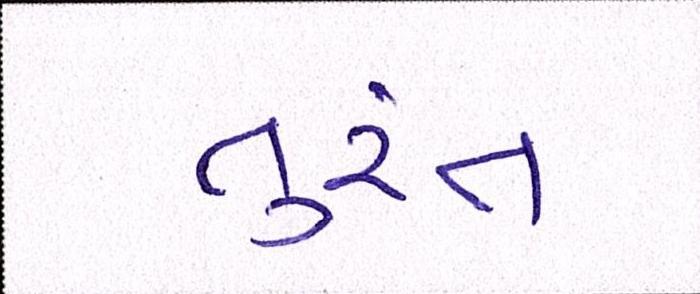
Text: તુરંત